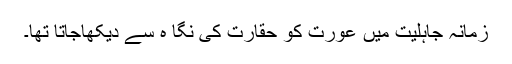
زمانہ جاہلیت میں عورت کو حقارت کی نگا ہ سے دیکھاجاتا تھا۔